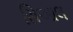
સિઆલ